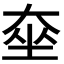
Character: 𡘫